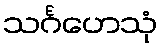
သင်္ဂဟေသုံ